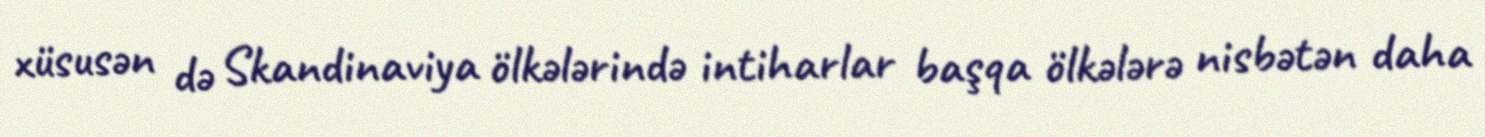
xüsusən də Skandinaviya ölkələrində intiharlar başqa ölkələrə nisbətən daha